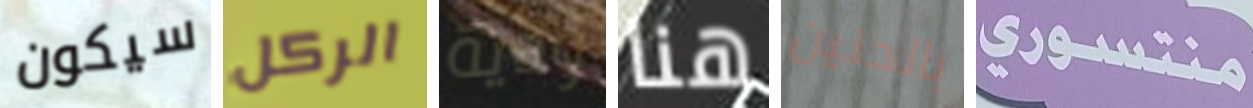
سيكون الركل ودية هنا بالحنين منتسوري